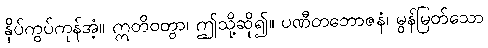
နှိပ်ကွပ်ကုန်အံ့။ ဣတိဝတွာ၊ ဤသို့ဆို၍။ ပဏီတဘောဇနံ၊ မွန်မြတ်သော